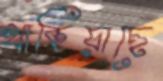
থাকিয়াছে